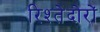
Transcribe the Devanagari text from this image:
रिश्तेदोरों